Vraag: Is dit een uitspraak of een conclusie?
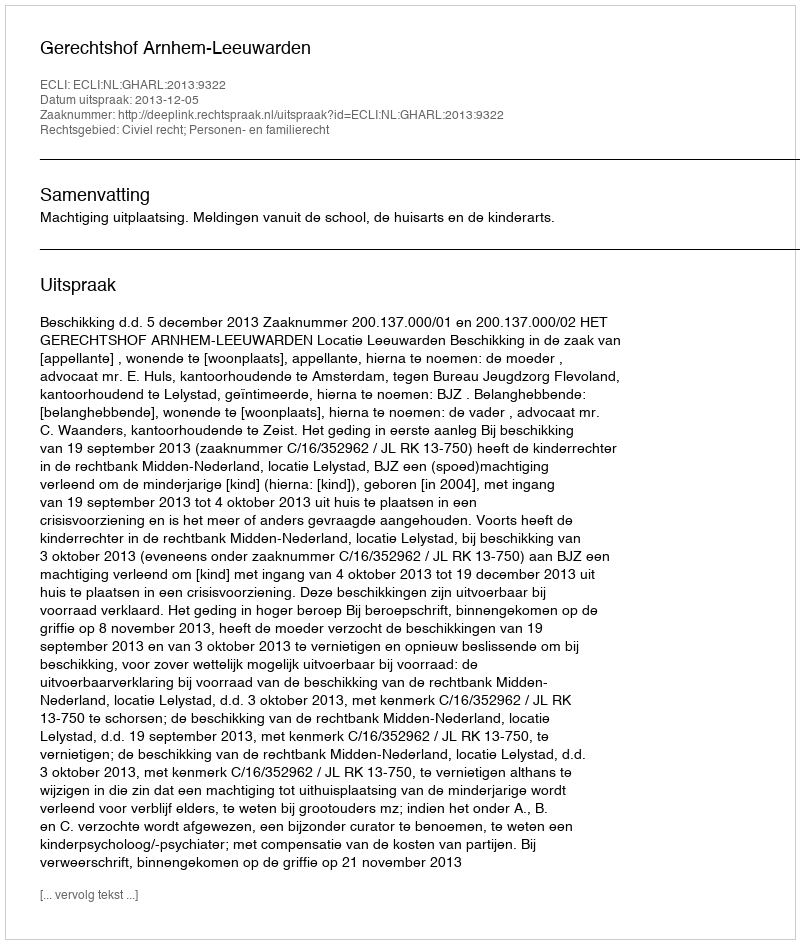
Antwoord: Uitspraak